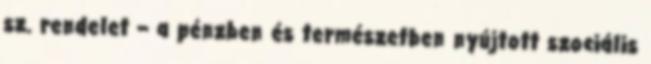
sz. rendelet – a pénzben és természetben nyújtott szociális